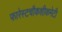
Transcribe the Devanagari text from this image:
फारेस्टचौकशीकमेटी